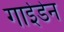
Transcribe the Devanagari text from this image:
गाईडेन